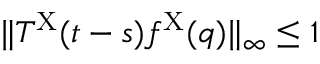
\| T ^ { \mathrm { X } } ( t - s ) f ^ { \mathrm { X } } ( q ) \| _ { \infty } \leq 1